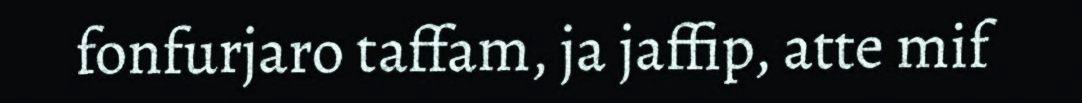
fonfurjaro taffam, ja jaffip, atte mif